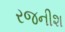
રજનીશ